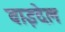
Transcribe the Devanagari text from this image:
वाइदेल